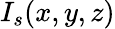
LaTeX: I_{s}(x,y,z)